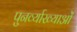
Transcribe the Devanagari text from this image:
पुनर्व्याख्याओं